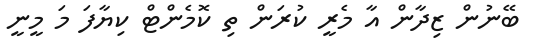
ބޭނުން ޒިދާން އާ މެރީ ކުރަން ތި ކޮމެންޓް ކިޔާފަ މަ މީނީ